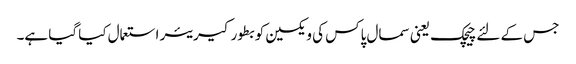
جس کے لئے چیچک یعنی سمال پاکس کی ویکسین کو بطور کیریئر استعمال کیا گیا ہے۔